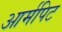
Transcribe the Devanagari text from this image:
आर्मपिट